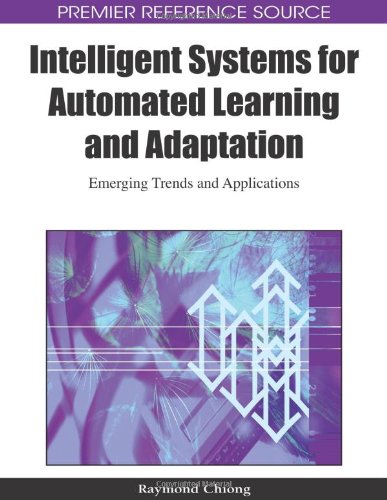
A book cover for Intelligent Systems for Automated Learning and Adaptation: Emerging Trends and Applications (Premier Refernece Source); Raymond Chiong; Business & Money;